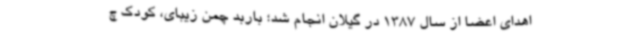
اهدای اعضا از سال 1387 در گیلان انجام شد؛ باربد چمن زیبای، کودک چ